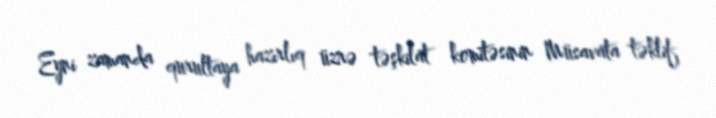
Eyni zamanda qurultaya hazırlıq üzrə təşkilat komitəsinin Müsavata təklif